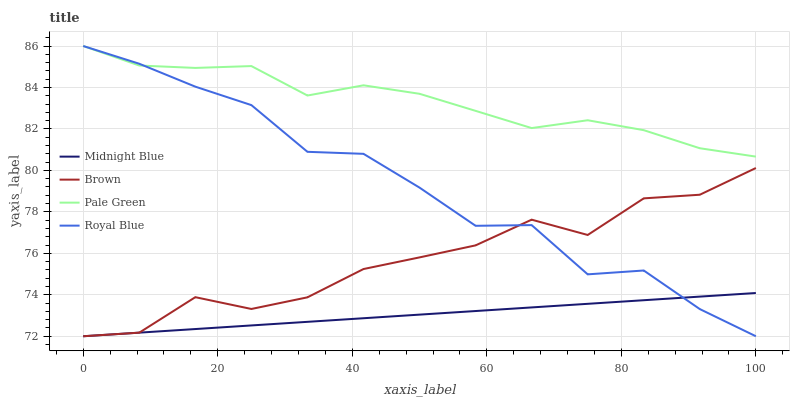
| xaxis_label | Midnight Blue | Brown | Pale Green | Royal Blue |
 | --- | --- | --- | --- | --- |
 | 0 | 72 | 72 | 86 | 86 |
 | 8.33 | 72.2 | 72.2 | 85.1 | 85.1 |
 | 16.7 | 72.3 | 73.9 | 84.9 | 84 |
 | 25 | 72.5 | 73.3 | 85 | 83.1 |
 | 33.3 | 72.7 | 73.9 | 83.6 | 80.9 |
 | 41.7 | 72.9 | 75.2 | 84.1 | 80.8 |
 | 50 | 73 | 75.8 | 83.7 | 79.2 |
 | 58.3 | 73.2 | 76.4 | 82.9 | 77.3 |
 | 66.7 | 73.4 | 77.6 | 82 | 77.4 |
 | 75 | 73.6 | 76.9 | 82.4 | 75 |
 | 83.3 | 73.7 | 78.7 | 81.9 | 75.2 |
 | 91.7 | 73.9 | 78.8 | 81.1 | 73.3 |
 | 100 | 74.1 | 80.1 | 80.7 | 72 |